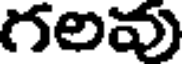
గలవు